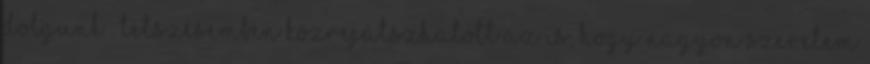
dolgunk . Tetszésemben közrejátszhatott az is, hogy nagyon szeretem